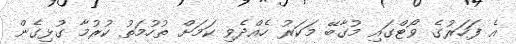
އެ ފަހަރުގެ ވޯޓްގައި މުގާބޭ މަކަރު ހެއްދެވި ކަމަށް ތުހުމަތު ކުރުމާ ގުޅިގެން